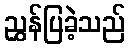
ညွှန်ပြခဲ့သည်